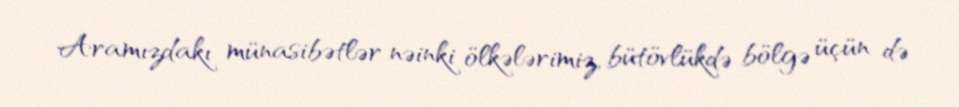
Aramızdakı münasibətlər nəinki ölkələrimiz, bütövlükdə bölgə üçün də